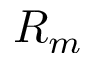
R _ { m }